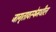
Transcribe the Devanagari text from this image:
जागृतावस्थेमधील